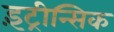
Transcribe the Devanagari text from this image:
इंट्रीन्सिक